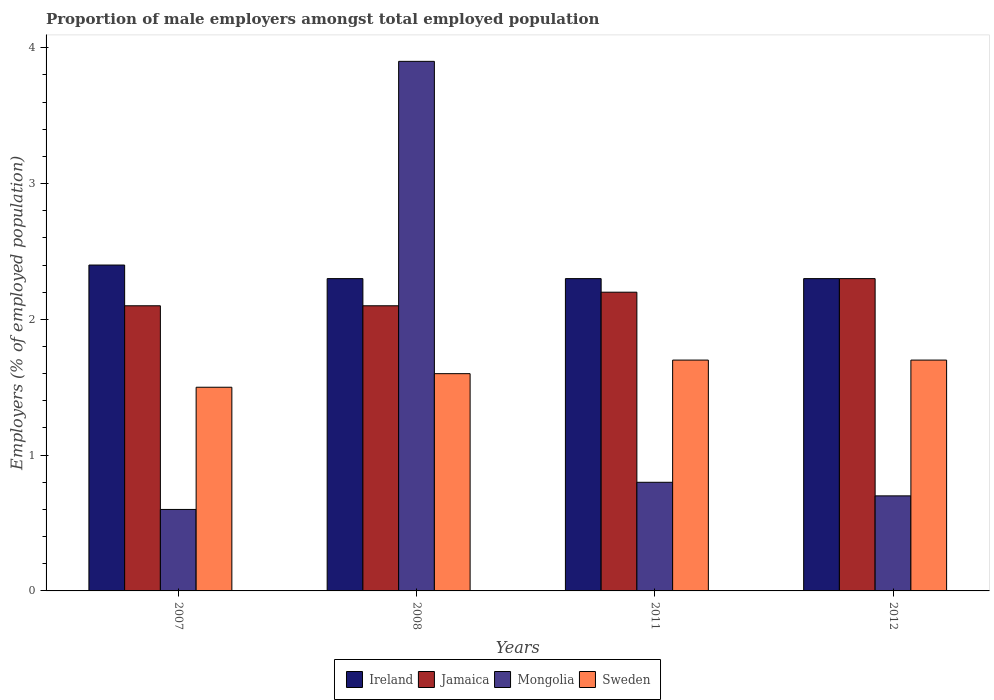
| Years | Ireland | Jamaica | Mongolia | Sweden |
 | --- | --- | --- | --- | --- |
 | 2007 | 2.4 | 2.1 | 0.6 | 1.5 |
 | 2008 | 2.3 | 2.1 | 3.9 | 1.6 |
 | 2011 | 2.3 | 2.2 | 0.8 | 1.7 |
 | 2012 | 2.3 | 2.3 | 0.7 | 1.7 |